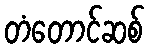
တံတောင်ဆစ်